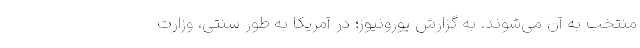
منتخب به آن می‌شوند. به گزارش یورونیوز؛ در آمریکا به طور سنتی، وزارت